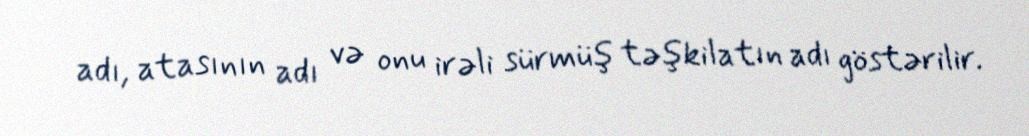
adı, atasının adı və onu irəli sürmüş təşkilatın adı göstərilir.